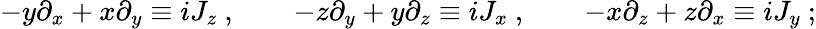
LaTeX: -y\partial_{x}+x\partial_{y}\equiv iJ_{z}~,\qquad-z\partial_{y}+y\partial_{z}\equiv iJ_{x}~,\qquad-x\partial_{z}+z\partial_{x}\equiv iJ_{y}~;